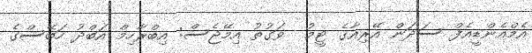
އެމްއެންޑީއެފް ސަދަން އޭރިއާގެ ޓީމު  ވަގުތު އިމޭޖެސް: އިބްރާހިމް އަބްދު ހަބޭސްގެ